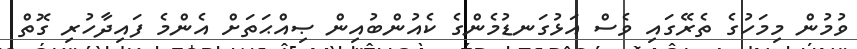
ވުމުން މިމަހުގެ ތެރޭގައި ވެސް އަޅުގަނޑުމެންގެ ކެއުންބުއިން ޞިއްޙަތަށް އެންމެ ފައިދާހުރި ގޮތް